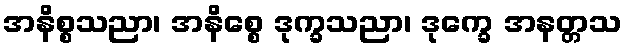
အနိစ္စသညာ၊ အနိစ္စေ ဒုက္ခသညာ၊ ဒုက္ခေ အနတ္တသ